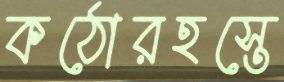
কঠোরহস্তে